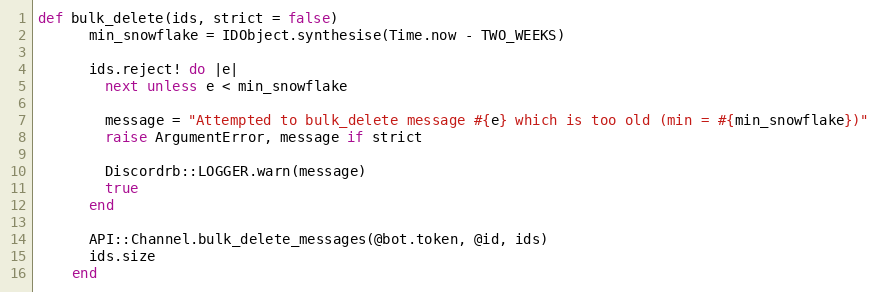
Language: Ruby
def bulk_delete(ids, strict = false)
      min_snowflake = IDObject.synthesise(Time.now - TWO_WEEKS)

      ids.reject! do |e|
        next unless e < min_snowflake

        message = "Attempted to bulk_delete message #{e} which is too old (min = #{min_snowflake})"
        raise ArgumentError, message if strict

        Discordrb::LOGGER.warn(message)
        true
      end

      API::Channel.bulk_delete_messages(@bot.token, @id, ids)
      ids.size
    end